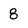
Character: 8